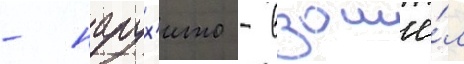
- нарух'ито - взошё́л